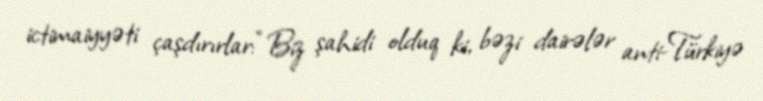
ictimaiyyəti çaşdırırlar: “Biz şahidi olduq ki, bəzi dairələr anti-Türkiyə